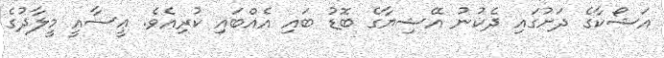
އަޝޯކާގެ ދަށުގައި ދެކުނު އޭޝިޔާގެ ބޮޑު ބައި އެއްބައި ކުރިއެވެ. ޢީސާއީ މީލާދުގެ